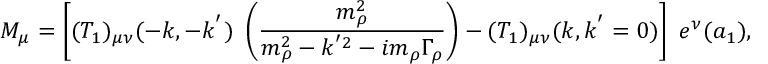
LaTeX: { \cal M } _ { \mu } = \left[ ( T _ { 1 } ) _ { \mu \nu } ( - k , - k ^ { ' } ) ~ \left( { \frac { m _ { \rho } ^ { 2 } } { m _ { \rho } ^ { 2 } - k ^ { ' 2 } - i m _ { \rho } \Gamma _ { \rho } } } \right) - ( T _ { 1 } ) _ { \mu \nu } ( k , k ^ { ' } = 0 ) \right] ~ e ^ { \nu } ( a _ { 1 } ) ,